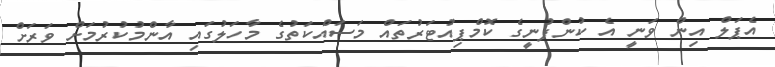
އެޕަލް އިން ވަނީ އެ ކުންފުނީގެ ކޮމްޕިއުޓަރުތައް މަސައްކަތުގެ މާހަލުގައި އާންމުކުރުމަށް ވަރަށް